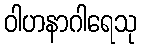
ဝါဟနာဂါရေသု